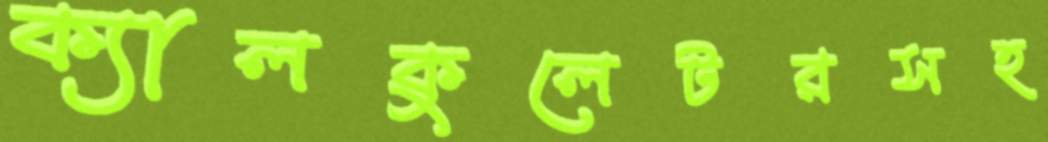
ক্যালকুলেটরসহ